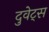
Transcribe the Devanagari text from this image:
दुवेट्स